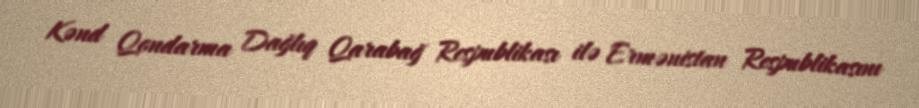
Kənd Qondarma Dağlıq Qarabağ Respublikası ilə Ermənistan Respublikasını